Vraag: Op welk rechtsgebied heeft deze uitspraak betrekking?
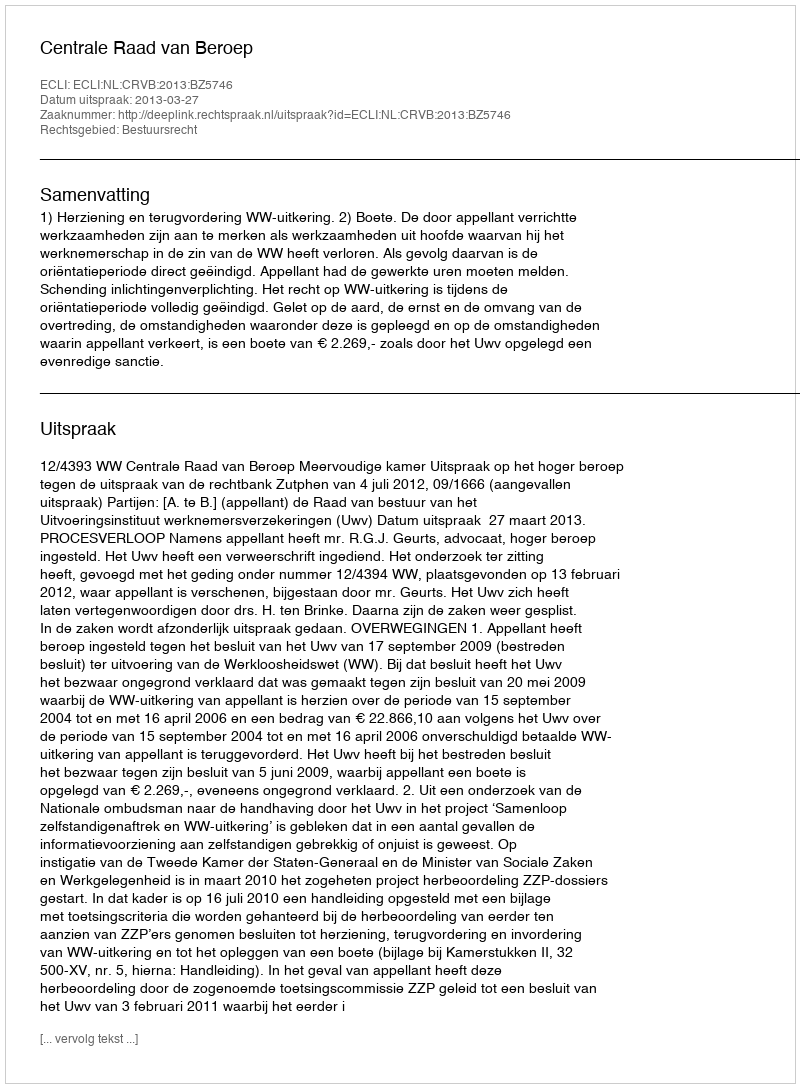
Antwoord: Bestuursrecht